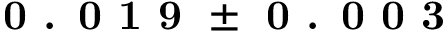
\textbf { 0 . 0 1 9 } \pm \textbf { 0 . 0 0 3 }